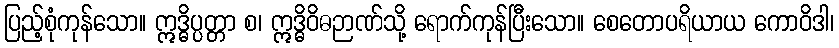
ပြည့်စုံကုန်သော။ ဣဒ္ဓိပ္ပတ္တာ စ၊ ဣဒ္ဓိဝိဓဉာဏ်သို့ ရောက်ကုန်ပြီးသော။ စေတောပရိယာယ ကောဝိဒါ၊